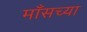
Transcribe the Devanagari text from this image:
माँसच्या